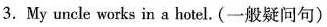
3. My uncle works in a hotel. (-般疑问句)